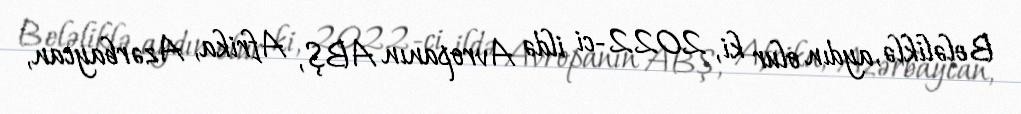
Beləliklə, aydın olur ki, 2022-ci ildə Avropanın ABŞ, Afrika, Azərbaycan,